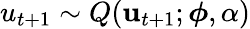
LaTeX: \begin{array}{r}{u_{t+1}\sim Q(\mathbf{u}_{t+1};\boldsymbol{\phi},\alpha)}\end{array}